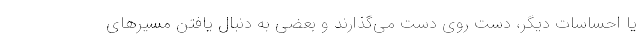
یا احساسات دیگر، دست روی دست می‌گذارند و بعضی به دنبال یافتن مسیرهای